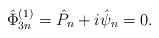
\begin{align*}\hat{\Phi}^{(1)}_{3n}= \hat{P}_n + i \hat{\psi}_n =0 .\end{align*}